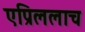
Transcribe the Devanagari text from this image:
एप्रिललाच